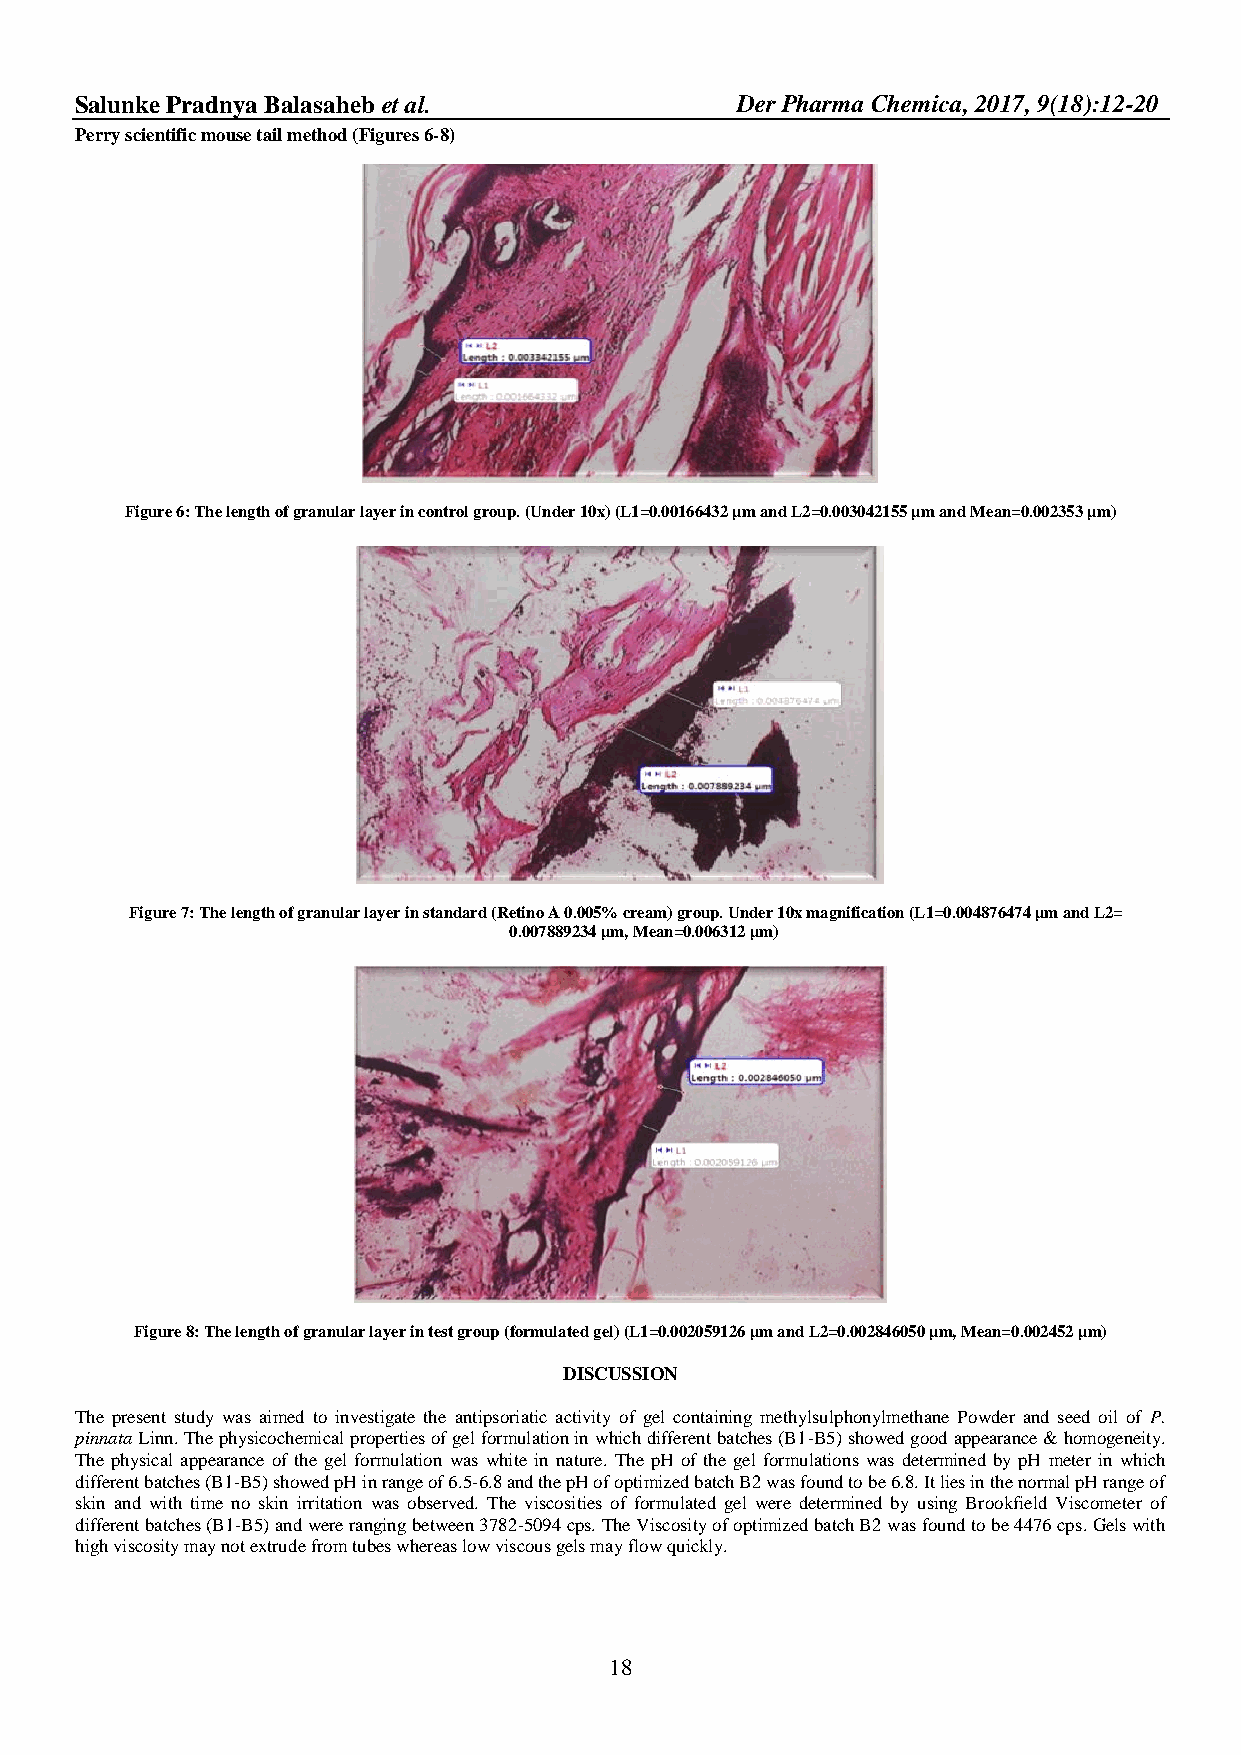
Salun ke Pradnya Balasaheb et al.           Der Pharma Chemica, 2017, 9(18):12-20
 Perry scientific mouse tail method (Figures 6-8)
 Figure 6: The length of granular layer in control group. (Under 10x) (L1=0.00166432 µm and L2=0.003042155 µm and Mean=0.002353 µm)
 Figure 7: The length of granular layer in standard (Retino A 0.005% cream) group. Under 10x magnification (L1=0.004876474 µm and L2=
 0.007889234 µm, Mean=0.006312 µm)
 Figure 8: The length of granular layer in test group (formulated gel) (L1=0.002059126 µm and L2=0.002846050 µm, Mean=0.002452 µm)
 DISCUSSION
 The present study was aimed to investigate the antipsoriatic activity of gel containing methylsulphonylmethane Powder and seed oil of P.
 pinnata Linn. The physicochemical properties of gel formulation in which different batches (B1-B5) showed good appearance & homogeneity.
 The physical appearance of the gel formulation was white in nature. The pH of the gel formulations was determined by pH meter in which
 different batches (B1-B5) showed pH in range of 6.5-6.8 and the pH of optimized batch B2 was found to be 6.8. It lies in the normal pH range of
 skin and with time no skin irritation was observed. The viscosities of formulated gel were determined by using Brookfield Viscometer of
 different batches (B1-B5) and were ranging between 3782-5094 cps. The Viscosity of optimized batch B2 was found to be 4476 cps. Gels with
 high viscosity may not extrude from tubes whereas low viscous gels may flow quickly.
 18